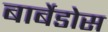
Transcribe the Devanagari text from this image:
बार्बेडोस